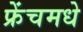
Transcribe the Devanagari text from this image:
फ्रेंचमधे